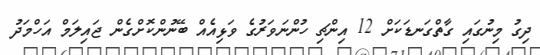
ދިގު މިނުގައި ގާތްގަނޑަކަށް 12 އިންޗި ހުންނަވަރުގެ ވަޅިއެއް ބޭނުންކޮށްގެން ޖައިލަމް އަހްމަދު